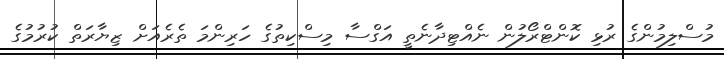
މުސްލިމުންގެ ރުޅި ކޮންޓްރޯލުން ނެއްޓިދާނެތީ އަގްސާ މިސްކިތުގެ ހަރިންމަ ތެރެއަށް ޒިޔާރަތް ކުރުމުގެ